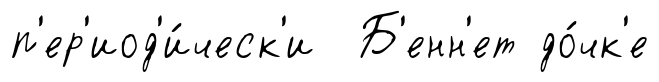
п'ер'иод'и́ческ'и Б'енн'ет до́чк'е